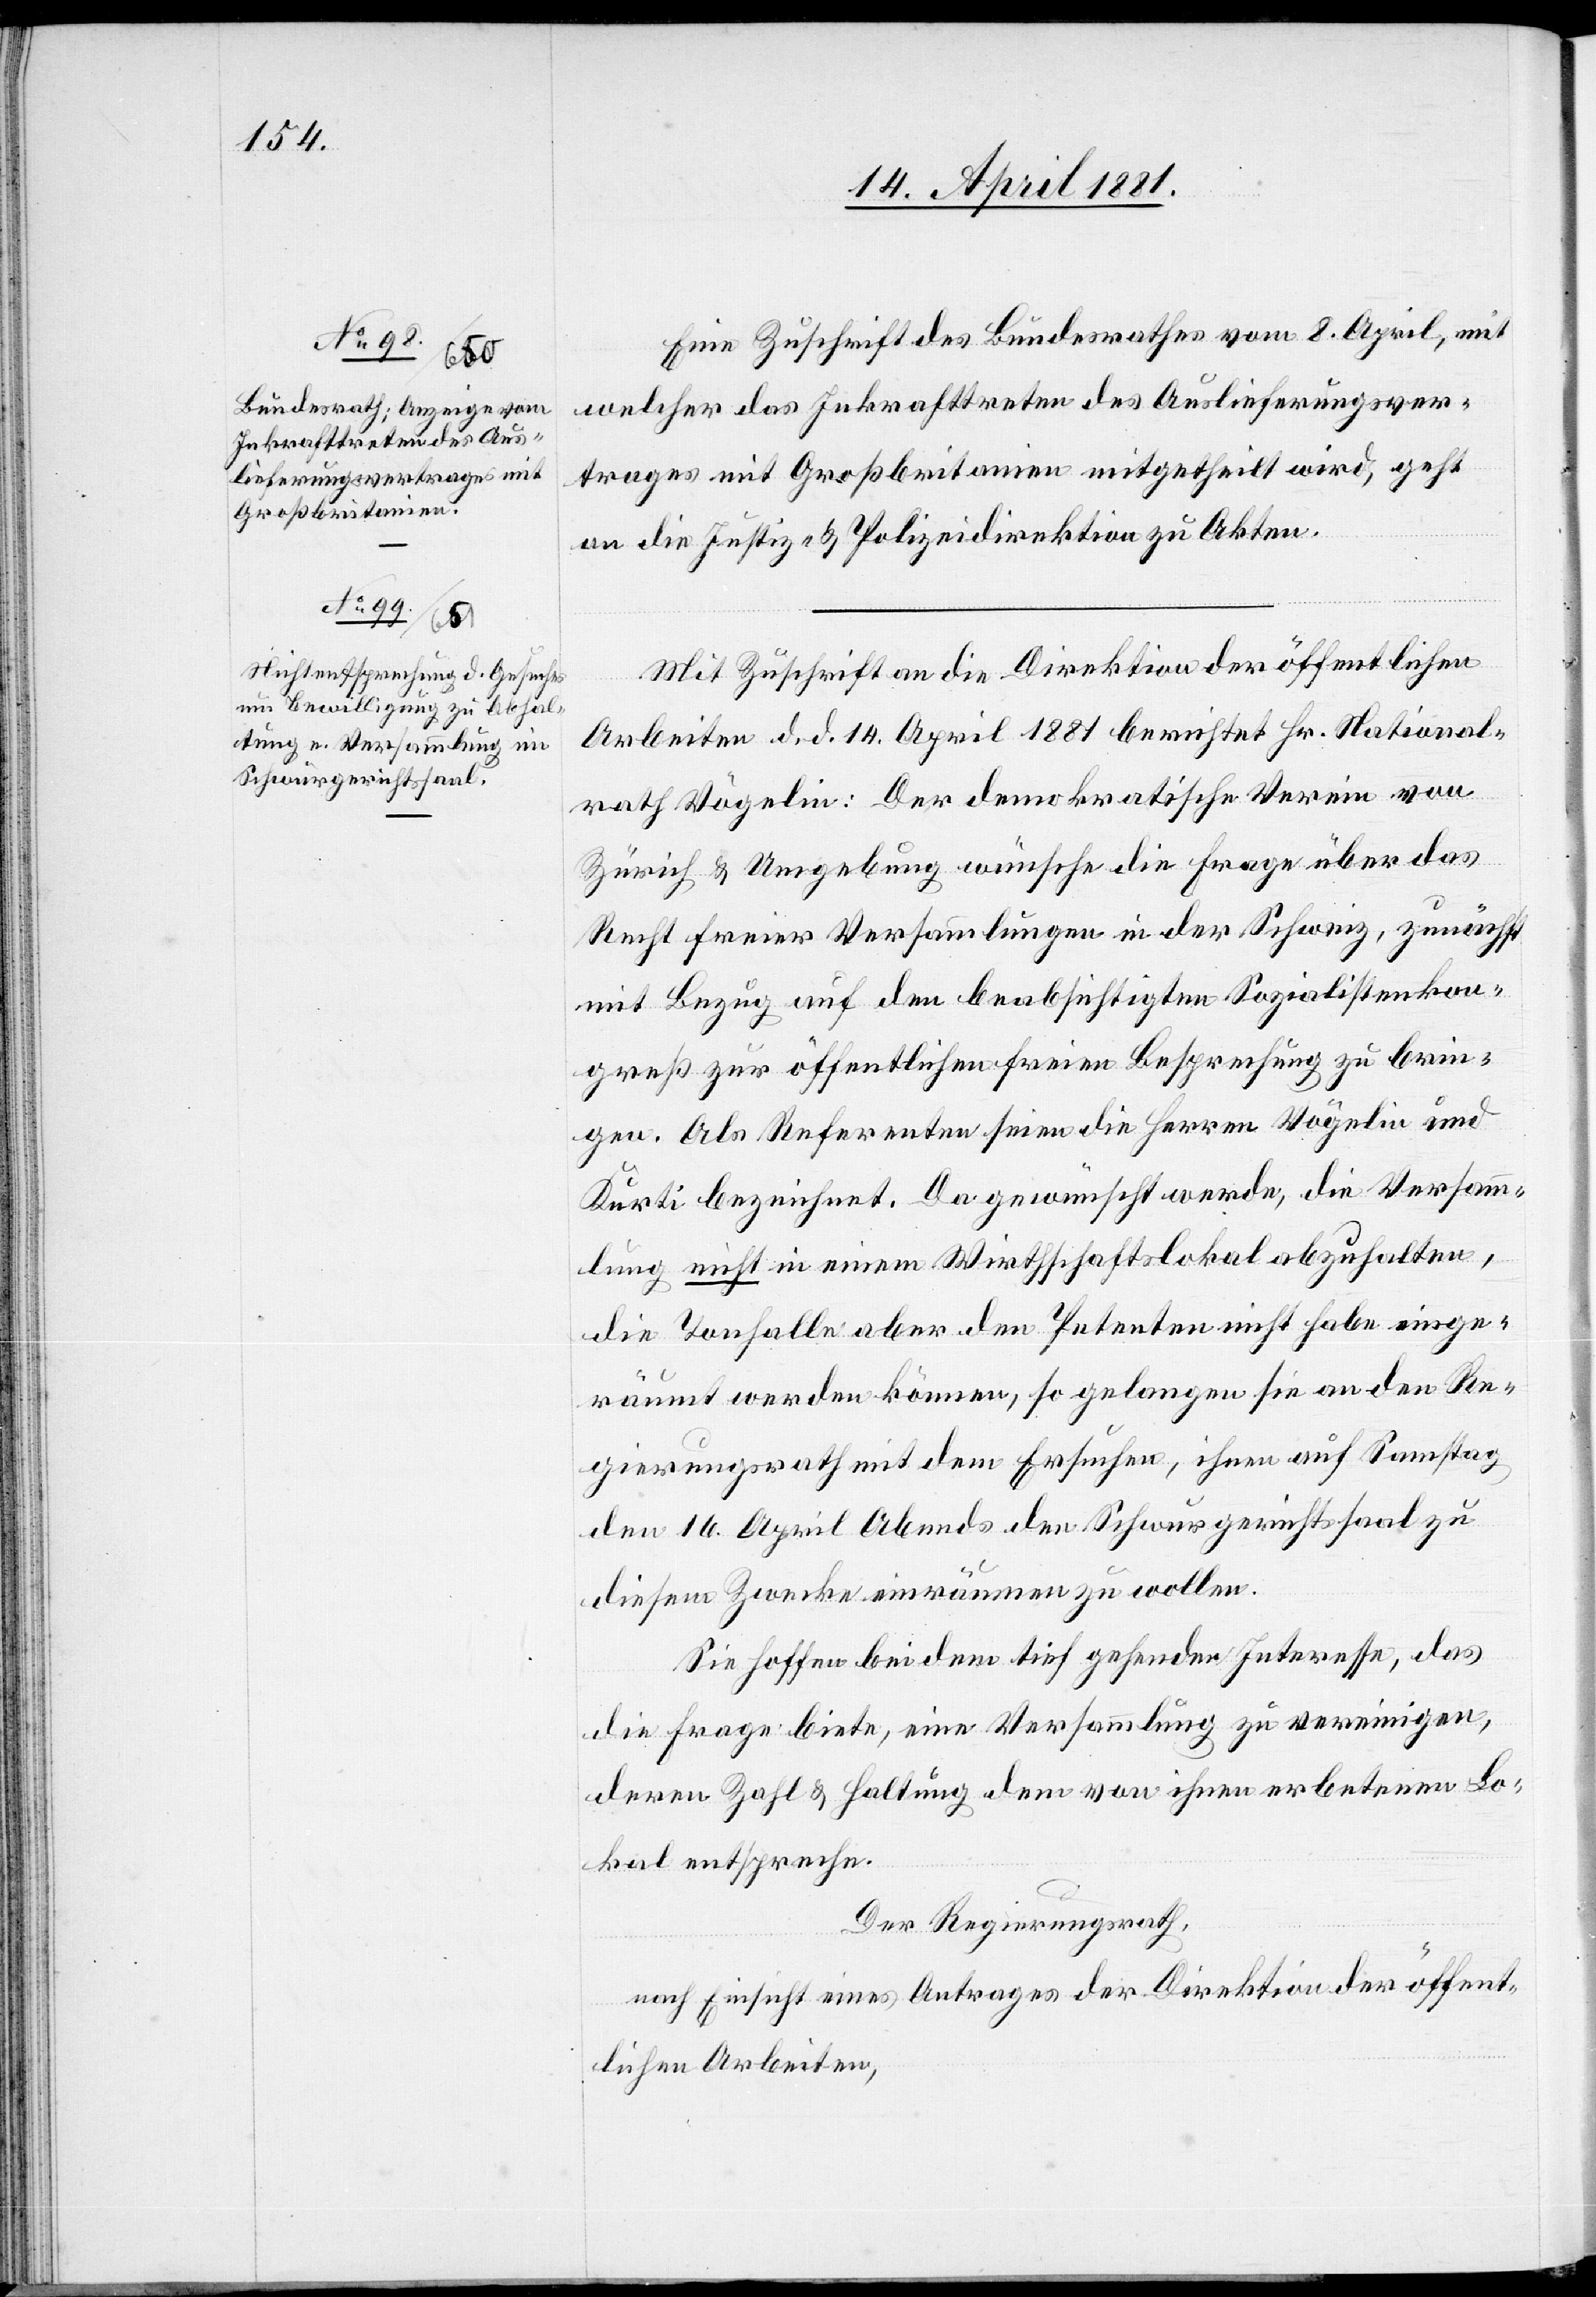
Eine Zuschrift des Bundesrathes vom 8. April, mit
welcher das Inkrafttreten des Auslieferungsver¬
trages mit Großbritannien mitgetheilt wird, geht
an die Justiz- & Polizeidirektion zu Akten.
Mit Zuschrift an die Direktion öffentlichen
Arbeiten d. d. 14. April 1881 berichtet Hr. National¬
rath Vögelin: Der demokratische Verein von
Zürich & Umgebung wünsche die Frage über das
Recht freier Versammlungen in der Schweiz, zunächst
mit Bezug auf den beabsichtigten Sozialistenkon¬
greß zur öffentlichen freien Besprechung zu brin¬
gen. Als Referenten seien die Herren Vögelin und
Kurti bezeichnet. Da gewünscht werde, die Versamm¬
lung nicht in einem Wirthschaftslokal abzuhalten,
die Tonhalle aber den Petenten nicht habe einge¬
räumt werden können, so gelangen sie an den Re¬
gierungsrath mit dem Ersuchen, ihnen auf Samstag
den 16. April Abends den Schwurgerichtssaal zu
diesem Zwecke einräumen zu wollen.
Sie hoffen bei dem tief gehenden Interesse, das
die Frage biete, eine Versammlung zu vereinigen,
deren Zahl & Haltung dem von ihnen erbetenen Lo¬
kal entspreche.
Der Regierungsrath,
nach Einsicht eines Antrages der Direktion öffent¬
lichen Arbeiten,